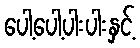
ပေါ့ပေါ့ပါးပါးနှင့်